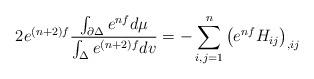
LaTeX: \begin{align*}2e^{(n+2)f}\frac{ \int_{\partial\Delta} e^{nf}d\mu}{ \int_\Delta e^{(n+2)f}dv }=-\sum_{i,j=1}^n\left(e^{nf}H_{ij}\right)_{,ij}\end{align*}